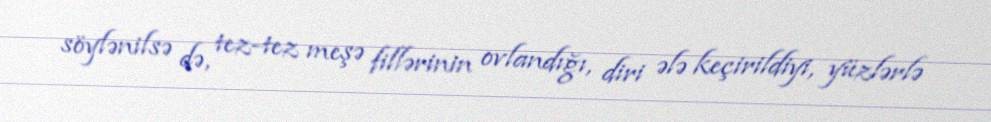
söylənilsə də, tez-tez meşə fillərinin ovlandığı, diri ələ keçirildiyi, yüzlərlə